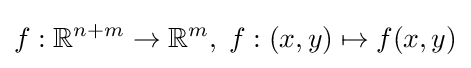
f:\mathbb {R} ^{n+m}\to \mathbb {R} ^{m},\;f:(x,y)\mapsto f(x,y)